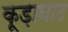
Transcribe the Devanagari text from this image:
कूड़ाघाट